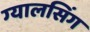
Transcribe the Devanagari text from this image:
ग्‍यालसिंग